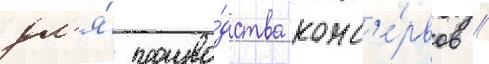
дл'я́ произво́дства конс'е́рвов //